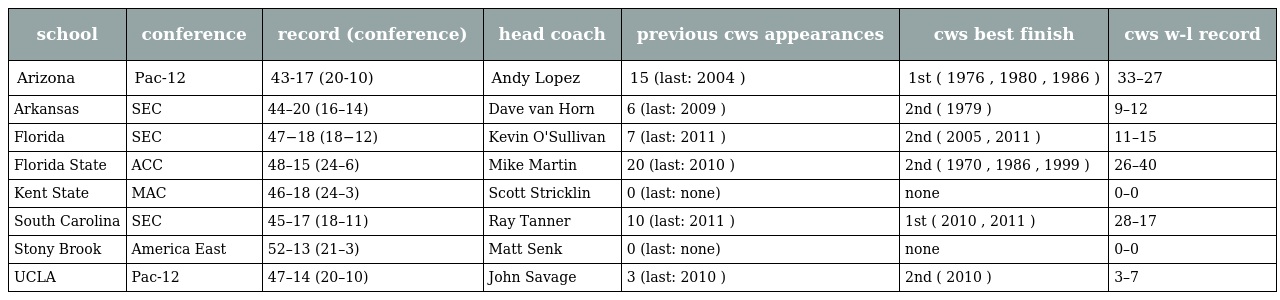
| school | conference | record (conference) | head coach | previous cws appearances | cws best finish | cws w-l record |
 | --- | --- | --- | --- | --- | --- | --- |
 | Arizona | Pac-12 | 43-17 (20-10) | Andy Lopez | 15 (last: 2004 ) | 1st ( 1976 , 1980 , 1986 ) | 33–27 |
 | Arkansas | SEC | 44–20 (16–14) | Dave van Horn | 6 (last: 2009 ) | 2nd ( 1979 ) | 9–12 |
 | Florida | SEC | 47−18 (18−12) | Kevin O'Sullivan | 7 (last: 2011 ) | 2nd ( 2005 , 2011 ) | 11–15 |
 | Florida State | ACC | 48–15 (24–6) | Mike Martin | 20 (last: 2010 ) | 2nd ( 1970 , 1986 , 1999 ) | 26–40 |
 | Kent State | MAC | 46–18 (24–3) | Scott Stricklin | 0 (last: none) | none | 0–0 |
 | South Carolina | SEC | 45–17 (18–11) | Ray Tanner | 10 (last: 2011 ) | 1st ( 2010 , 2011 ) | 28–17 |
 | Stony Brook | America East | 52–13 (21–3) | Matt Senk | 0 (last: none) | none | 0–0 |
 | UCLA | Pac-12 | 47–14 (20–10) | John Savage | 3 (last: 2010 ) | 2nd ( 2010 ) | 3–7 |